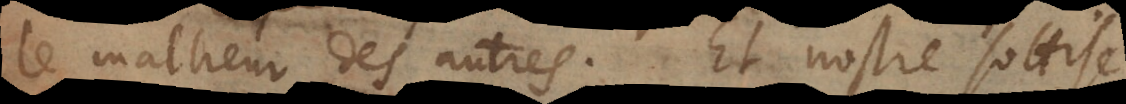
le malheur des autres. Et nostre sottise